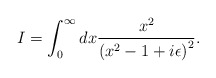
\begin{align*}I = \int_0^\infty dx {x^2 \over \left(x^2 - 1 + i\epsilon\right)^2}.\end{align*}